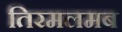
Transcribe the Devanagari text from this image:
तिरमलमब